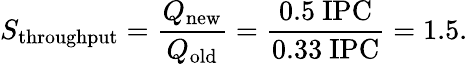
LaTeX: S_{\mathrm{throughput}}={\frac{Q_{\mathrm{new}}}{Q_{\mathrm{old}}}}={\frac{0.5~{\mathrm{IPC}}}{0.33~{\mathrm{IPC}}}}=1.5.